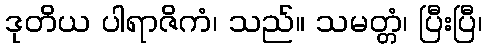
ဒုတိယ ပါရာဇိကံ၊ သည်။ သမတ္တံ၊ ပြီးပြီ၊